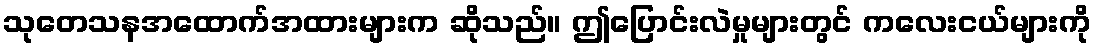
သုတေသနအထောက်အထားများက ဆိုသည်။ ဤပြောင်းလဲမှုများတွင် ကလေးငယ်များကို